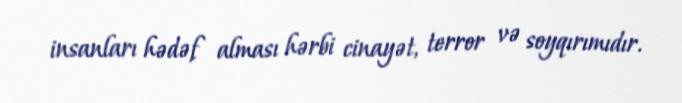
insanları hədəf alması hərbi cinayət, terror və soyqırımıdır.